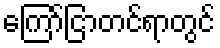
ကြော်ငြာတင်ရာတွင်